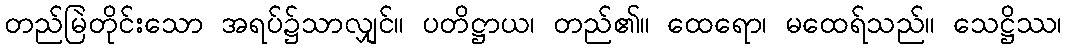
တည်မြဲတိုင်းသော အရပ်၌သာလျှင်။ ပတိဋ္ဌာယ၊ တည်၏။ ထေရော၊ မထေရ်သည်။ သေဋ္ဌိဿ၊